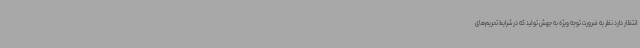
انتظار دارد نظر به ضرورت توجه ویژه به جهش تولید که در شرایط تحریم‌های